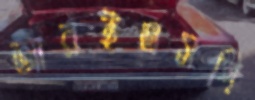
আরইএসপি